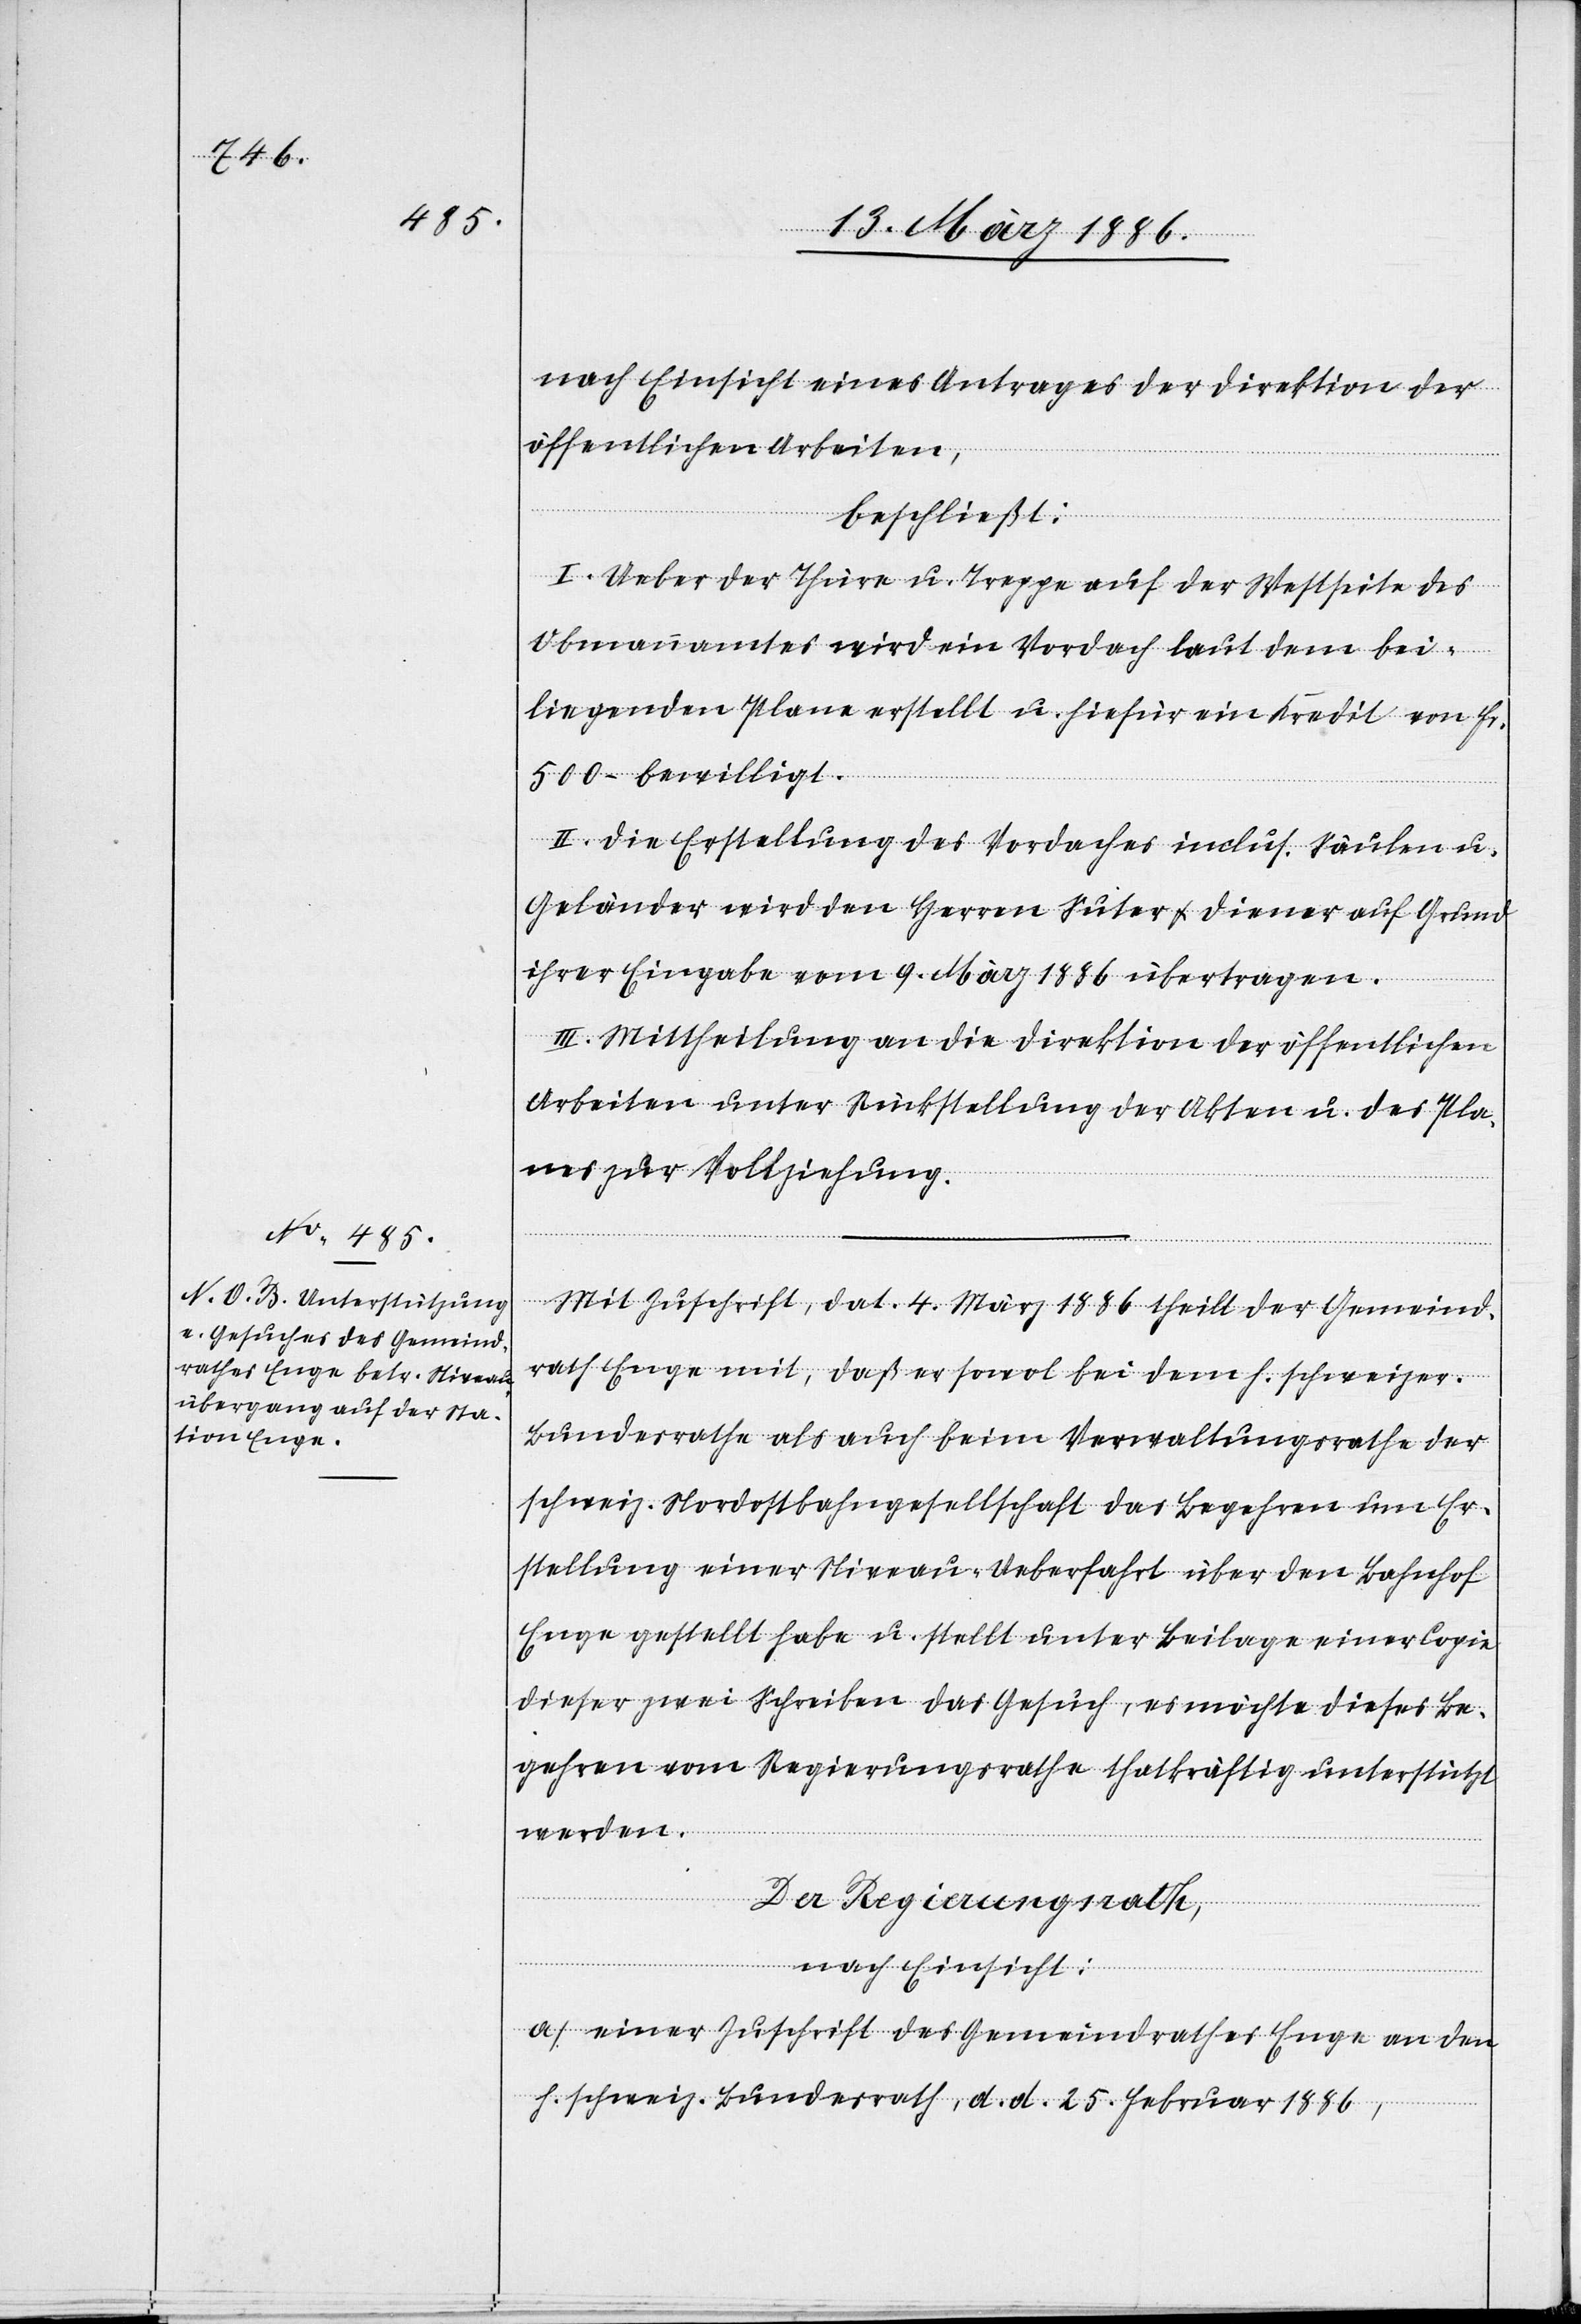
nach Einsicht eines Antrages der Direktion der
öffentlichen Arbeiten,
beschließt:
I. Ueber der Thüre u. Treppe auf der Westseite de
Obmannamtes wird ein Vordach laut dem bei¬
liegenden Plane erstellt u. hiefür ein Kredit von Fr.
500.– bewilligt.
II. Die Erstellung des Vordaches inclus. Säulen u.
Geländer wird den Herrn Suter & Diener auf Grund
ihrer Eingabe vom 9. März 1886 übertragen.
III. Mittheilung an die Direktion der öffentlichen
Arbeiten unter Rückstellung der Akten u. des Pla¬
nes zur Vollziehung.
Mit Zuschrift, dat. 4. März 1886 theilt der Gemeind¬
rath Enge mit, daß er sowol bei dem h. schweiz.
Bundesrathe als auch beim Verwaltungsrathe der
schweiz. Nordostbahngesellschaft das Begehren um Er¬
stellung einer Niveau-Ueberfahrt über den Bahnhof
Enge gestellt habe u. stellt unter Beilage einer Copie
dieser zwei Schreiben das Gesuch, es möchte dieses Be¬
gehren vom Regierungsrathe thatkräftig unterstützt
werden.
Der Regierungsrath,
nach Einsicht:
a) Einer Zuschrift des Gemeindrathes Enge an den
h. schweiz. Bundesrath, d. d. 25. Februar 1886,